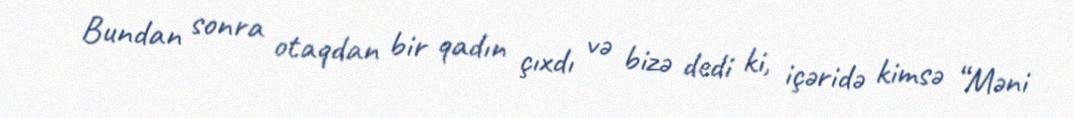
Bundan sonra otaqdan bir qadın çıxdı və bizə dedi ki, içəridə kimsə “Məni